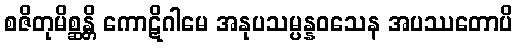
စဇိတုမိစ္ဆန္တိ ကောဋိဂါမေ အနုပသမ္ပန္နဝသေန အပဿတောပိ